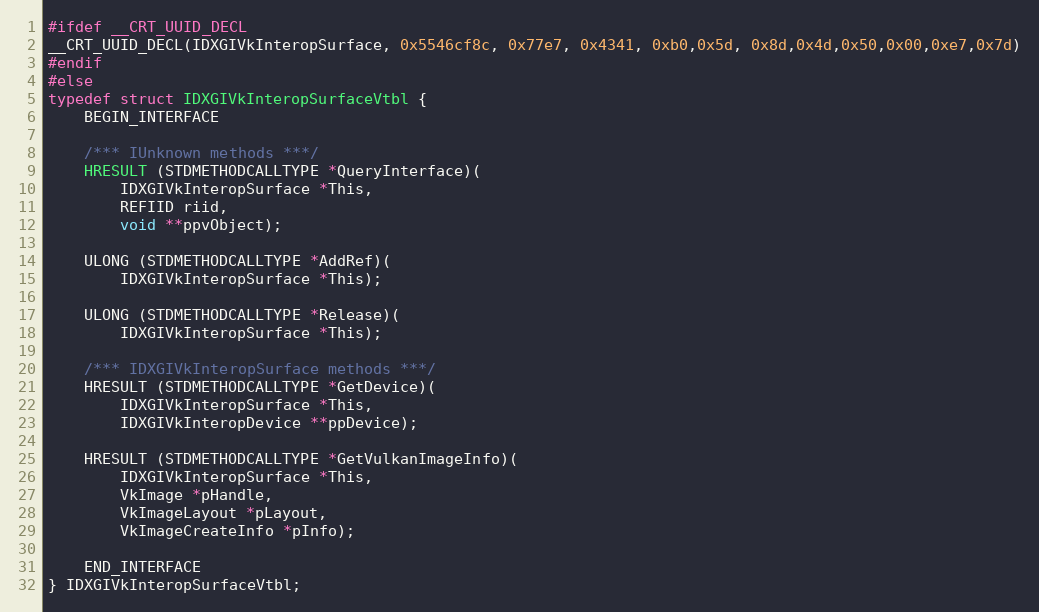
Language: C
#ifdef __CRT_UUID_DECL
__CRT_UUID_DECL(IDXGIVkInteropSurface, 0x5546cf8c, 0x77e7, 0x4341, 0xb0,0x5d, 0x8d,0x4d,0x50,0x00,0xe7,0x7d)
#endif
#else
typedef struct IDXGIVkInteropSurfaceVtbl {
    BEGIN_INTERFACE

    /*** IUnknown methods ***/
    HRESULT (STDMETHODCALLTYPE *QueryInterface)(
        IDXGIVkInteropSurface *This,
        REFIID riid,
        void **ppvObject);

    ULONG (STDMETHODCALLTYPE *AddRef)(
        IDXGIVkInteropSurface *This);

    ULONG (STDMETHODCALLTYPE *Release)(
        IDXGIVkInteropSurface *This);

    /*** IDXGIVkInteropSurface methods ***/
    HRESULT (STDMETHODCALLTYPE *GetDevice)(
        IDXGIVkInteropSurface *This,
        IDXGIVkInteropDevice **ppDevice);

    HRESULT (STDMETHODCALLTYPE *GetVulkanImageInfo)(
        IDXGIVkInteropSurface *This,
        VkImage *pHandle,
        VkImageLayout *pLayout,
        VkImageCreateInfo *pInfo);

    END_INTERFACE
} IDXGIVkInteropSurfaceVtbl;